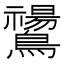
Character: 𪇚